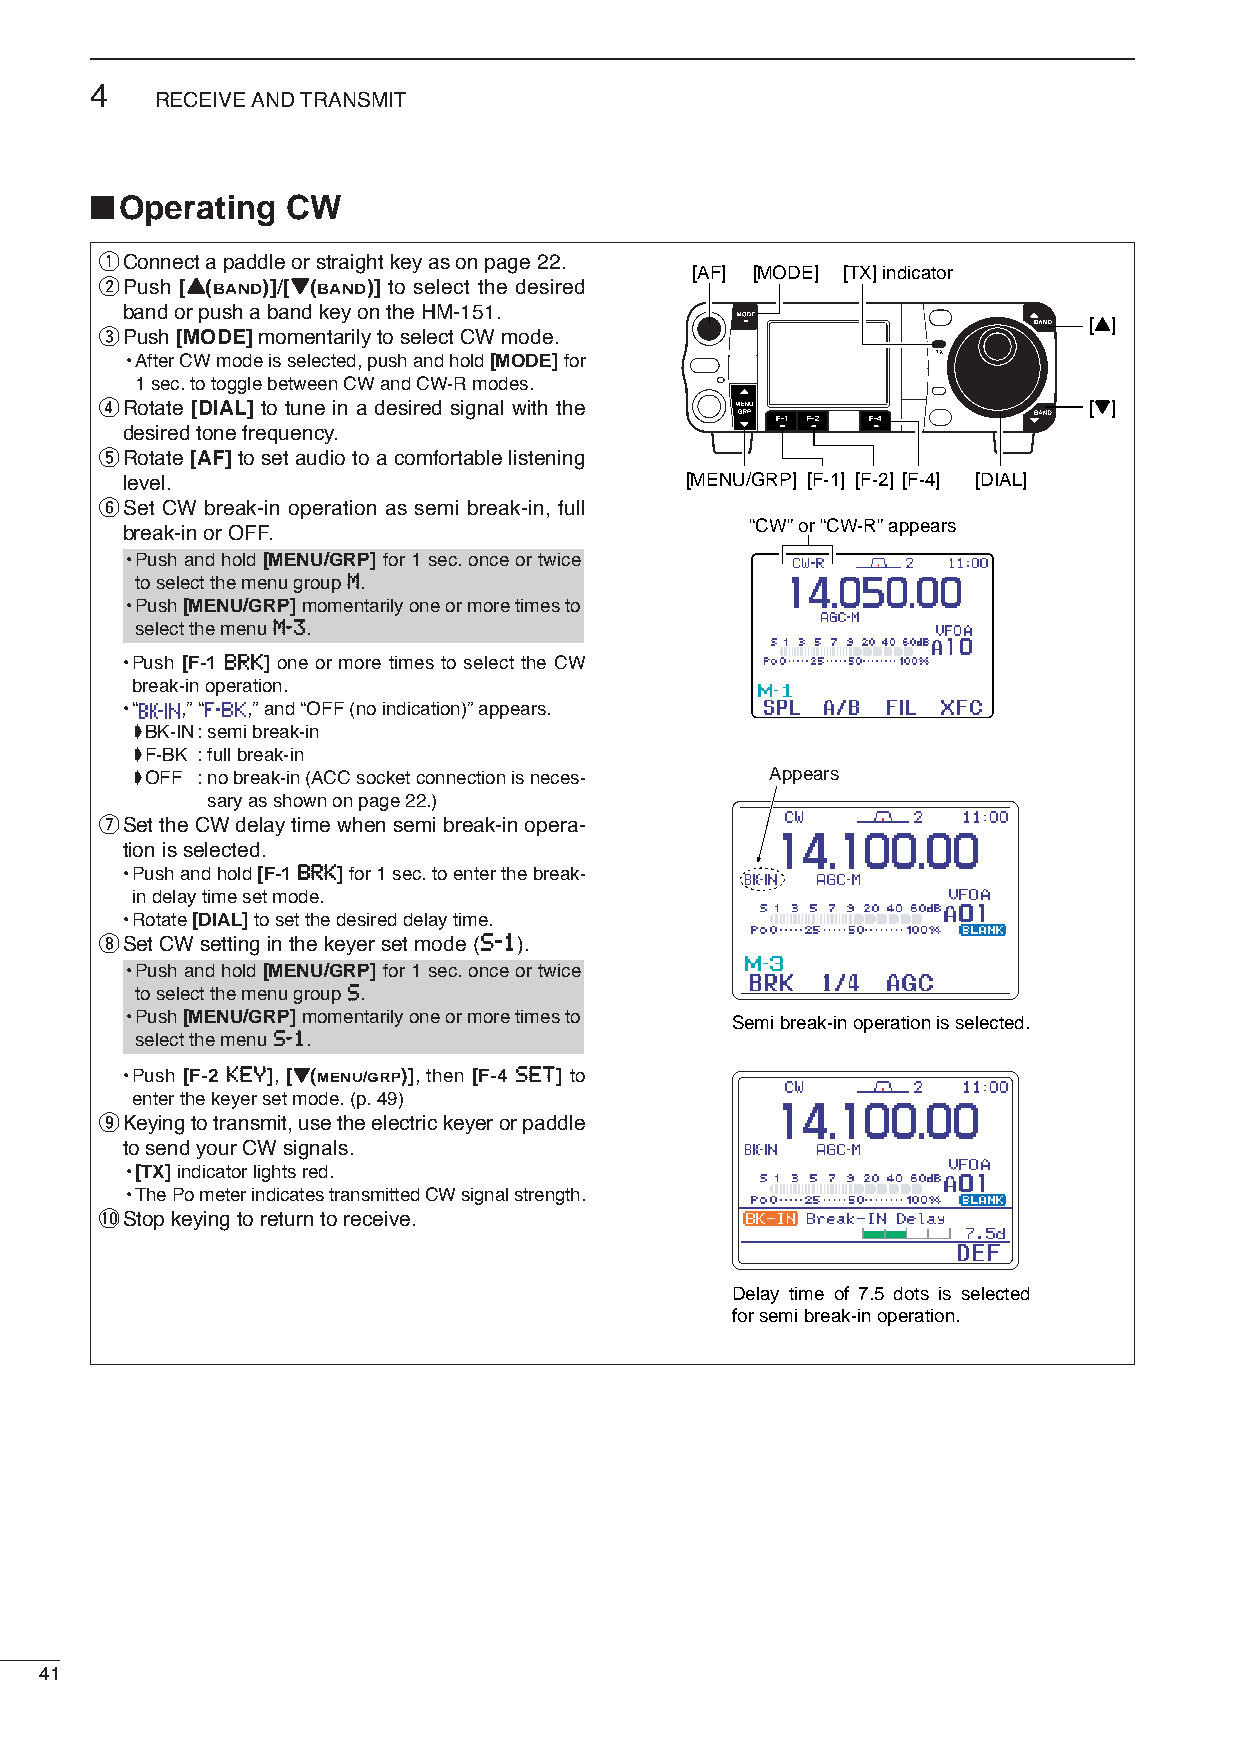
4
 RECEIVE AND TRANSMIT
 ■
 Operating  CW
 qConnect a paddle or straight key as on page 22.
 [AF] [MODE] [TX] indicator
 wPush [YY(BAND)]/[ZZ(BAND)] to select the desired
 band or push a band key on the HM-151.
 [Y]
 ePush [MODE]momentarily to select CW mode.
 •After CW mode is selected, push and hold [MODE]for
 1 sec. to toggle between CW and CW-R modes.
 rRotate [DIAL] to tune in a desired signal with the              [Z]
 desired tone frequency.
 tRotate [AF]to set audio to a comfortable listening
 level.                               [MENU/GRP] [F-1] [F-2] [F-4] [DIAL]
 ySet CW break-in operation as semi break-in, full
 “CW” or “CW-R” appears
 break-in or OFF.
 •Push and hold [MENU/GRP] for 1 sec. once or twice
 to select the menu group MM.
 •Push [MENU/GRP]momentarily one or more times to
 select the menu MM--33.
 •Push [F-1 BBRRKK] one or more times to select the CW
 break-in operation.
 •“  ,” “ ,” and “OFF (no indication)” appears.
 ➧BK-IN: semi break-in
 ➧F-BK : full break-in
 ➧OFF : no break-in (ACC socket connection is neces- Appears
 sary as shown on page 22.)
 uSet the CW delay time when semi break-in opera-
 tion is selected.
 •Push and hold [F-1 BBRRKK]for 1 sec. to enter the break-
 in delay time set mode.
 •Rotate [DIAL]to set the desired delay time.
 iSet CW setting in the keyer set mode (SS--11).
 •Push and hold [MENU/GRP] for 1 sec. once or twice
 to select the menu group SS.
 •Push [MENU/GRP]momentarily one or more times to Semi break-in operation is selected.
 select the menu SS--11.
 •Push [F-2 KKEEYY], [ZZ(MENU/GRP)], then [F-4 SSEETT] to
 enter the keyer set mode. (p. 49)
 oKeying to transmit, use the electric keyer or paddle
 to send your CW signals.
 •[TX]indicator lights red.
 •The Po meter indicates transmitted CW signal strength.
 !0Stop keying to return to receive.
 Delay time of 7.5 dots is selected
 for semi break-in operation.
 41